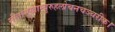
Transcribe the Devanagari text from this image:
सीतामुखाम्बुरुहलोचनचञ्चरीक।